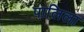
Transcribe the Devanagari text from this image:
पालिला